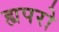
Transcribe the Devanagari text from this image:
ह्यपरो